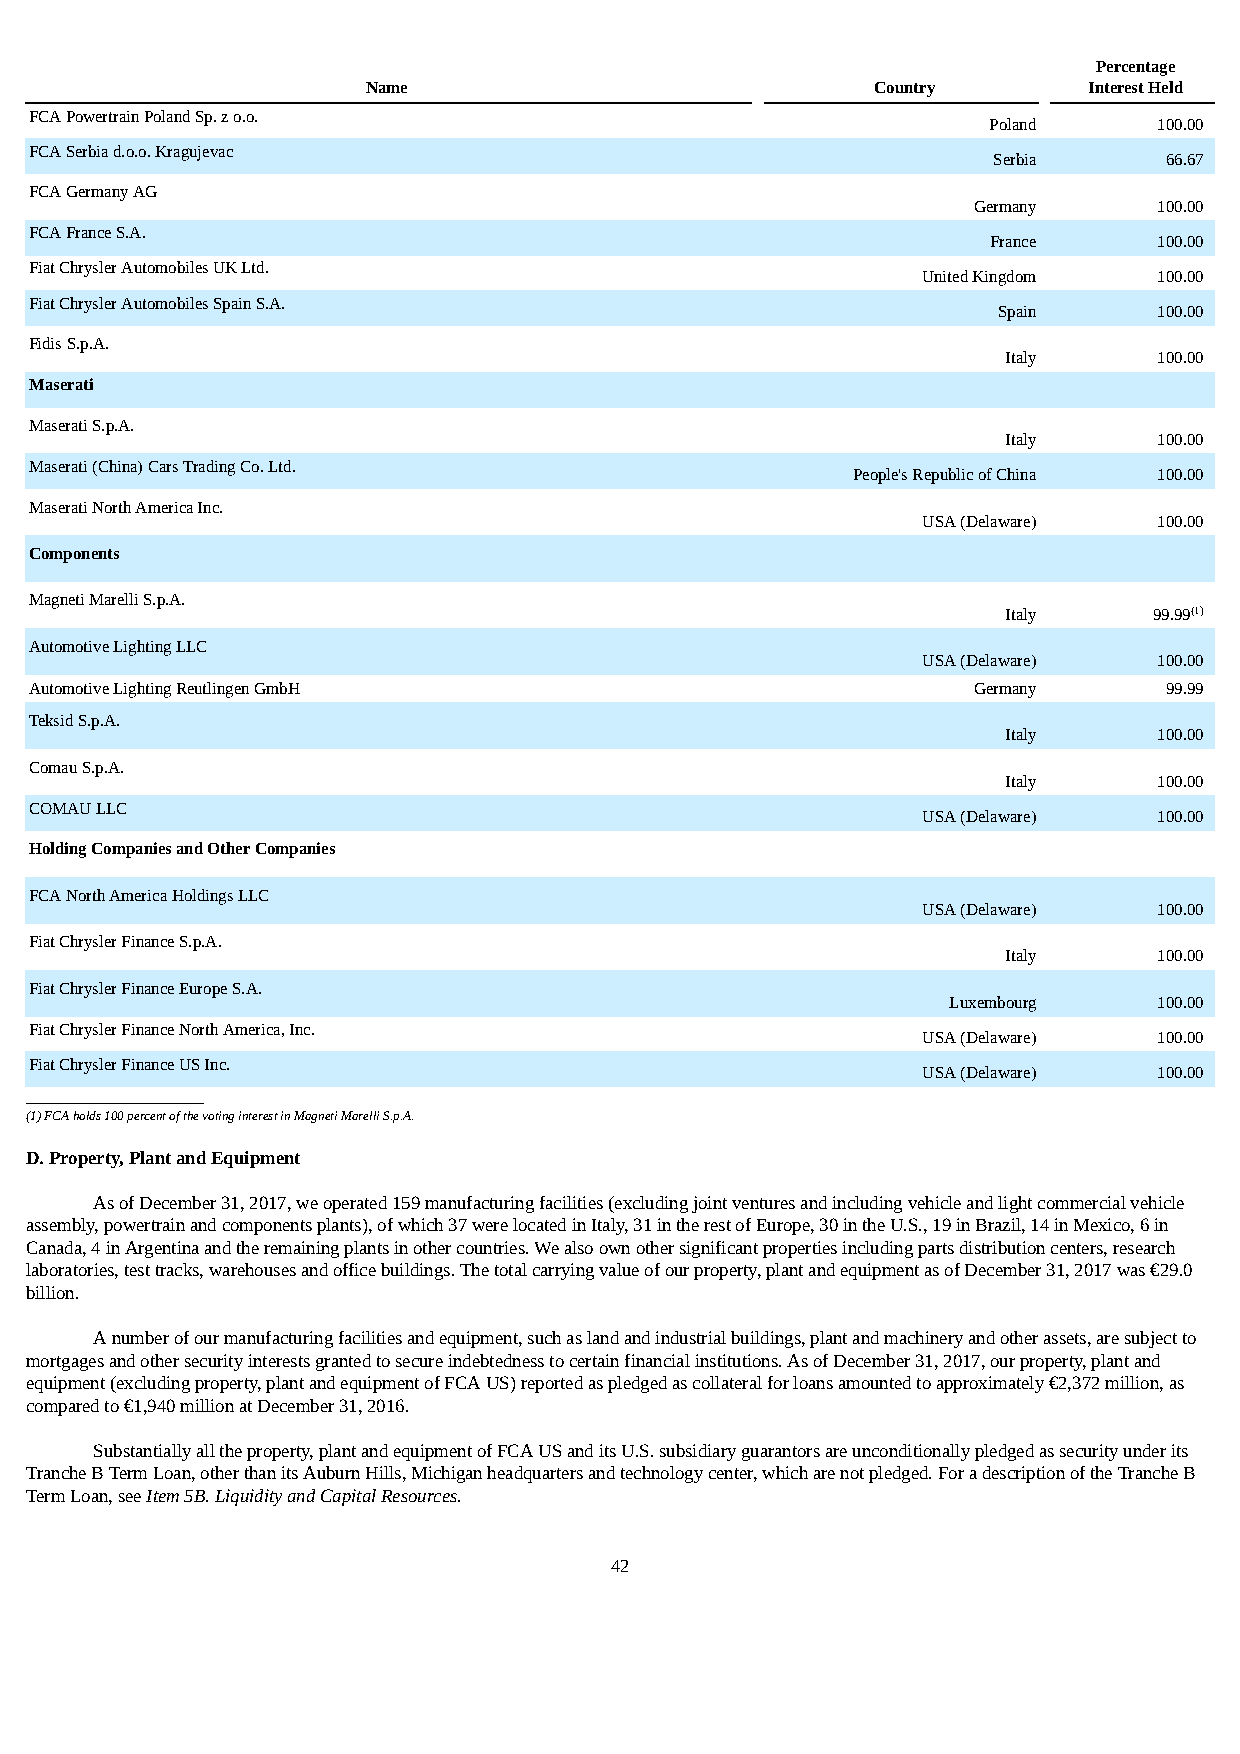
Percentage
 Name                              Country       Interest Held
 FCA Powertrain Poland Sp. z o.o.
 Poland      100.00
 FCA Serbia d.o.o. Kragujevac
 Serbia     66.67
 FCA Germany AG
 Germany      100.00
 FCA France S.A.
 France     100.00
 Fiat Chrysler Automobiles UK Ltd.
 United Kingdom  100.00
 Fiat Chrysler Automobiles Spain S.A.
 Spain      100.00
 Fidis S.p.A.
 Italy     100.00
 Maserati
 Maserati S.p.A.
 Italy     100.00
 Maserati (China) Cars Trading Co. Ltd.
 People's Republic of China 100.00
 Maserati North America Inc.
 USA (Delaware)  100.00
 Components
 Magneti Marelli S.p.A.
 Italy    99.99(1)
 Automotive Lighting LLC
 USA (Delaware)  100.00
 Automotive Lighting Reutlingen GmbH                           Germany      99.99
 Teksid S.p.A.
 Italy     100.00
 Comau S.p.A.
 Italy     100.00
 COMAU LLC
 USA (Delaware)  100.00
 Holding Companies and Other Companies
 FCA North America Holdings LLC
 USA (Delaware)  100.00
 Fiat Chrysler Finance S.p.A.
 Italy     100.00
 Fiat Chrysler Finance Europe S.A.
 Luxembourg    100.00
 Fiat Chrysler Finance North America, Inc.
 USA (Delaware)  100.00
 Fiat Chrysler Finance US Inc.
 USA (Delaware)  100.00
 ___________________________
 (1) FCA holds 100 percent of the voting interest in Magneti Marelli S.p.A.
 D. Property, Plant and Equipment
 As of December 31, 2017, we operated 159 manufacturing facilities (excluding joint ventures and including vehicle and light commercial vehicle
 assembly, powertrain and components plants), of which 37 were located in Italy, 31 in the rest of Europe, 30 in the U.S., 19 in Brazil, 14 in Mexico, 6 in
 Canada, 4 in Argentina and the remaining plants in other countries. We also own other significant properties including parts distribution centers, research
 laboratories, test tracks, warehouses and office buildings. The total carrying value of our property, plant and equipment as of December 31, 2017 was €29.0
 billion.
 A number of our manufacturing facilities and equipment, such as land and industrial buildings, plant and machinery and other assets, are subject to
 mortgages and other security interests granted to secure indebtedness to certain financial institutions. As of December 31, 2017, our property, plant and
 equipment (excluding property, plant and equipment of FCA US) reported as pledged as collateral for loans amounted to approximately €2,372 million, as
 compared to €1,940 million at December 31, 2016.
 Substantially all the property, plant and equipment of FCA US and its U.S. subsidiary guarantors are unconditionally pledged as security under its
 Tranche B Term Loan, other than its Auburn Hills, Michigan headquarters and technology center, which are not pledged. For a description of the Tranche B
 Term Loan, see Item 5B. Liquidity and Capital Resources.
 42